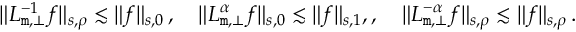
\begin{array} { r l } & { \| { \cal L } _ { \mathtt m , \bot } ^ { - 1 } f \| _ { s , \rho } \lesssim \| f \| _ { s , 0 } \, , \quad \| { \cal L } _ { \mathtt m , \bot } ^ { \alpha } f \| _ { s , 0 } \lesssim \| f \| _ { s , 1 } , , \quad \| { \cal L } _ { \mathtt m , \bot } ^ { - \alpha } f \| _ { s , \rho } \lesssim \| f \| _ { s , \rho } \, . } \end{array}